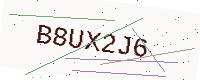
Text: B8UX2J6